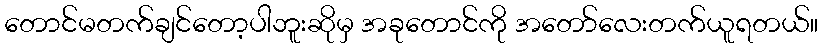
တောင်မတက်ချင်တော့ပါဘူးဆိုမှ အခုတောင်ကို အတော်လေးတက်ယူရတယ်။